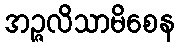
အဉ္ဇလိသာမိစေန